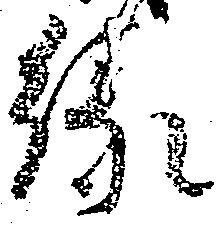
縁